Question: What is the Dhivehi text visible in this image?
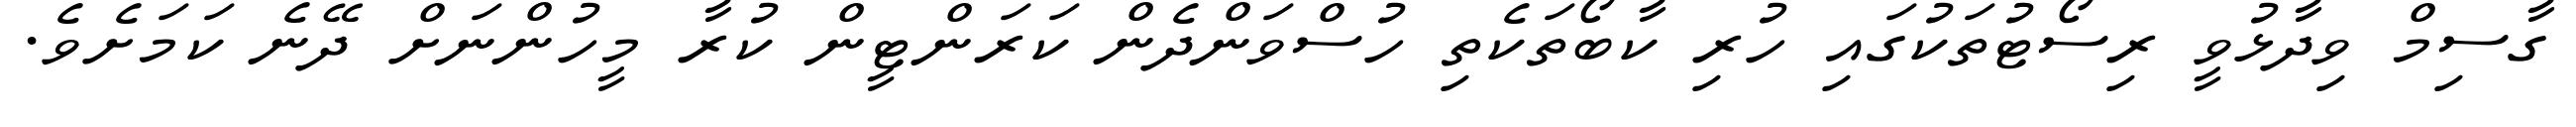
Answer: ގާސިމް ވިދާޅުވީ ރިސޯޓުތަކުގައި ހުރި ކާބޯތަކެތި ހުސްވަންދެން ކަރަންޓީން ކުރާ މީހުންނަށް ދޭނެ ކަމަށެވެ.